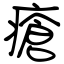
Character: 瘡